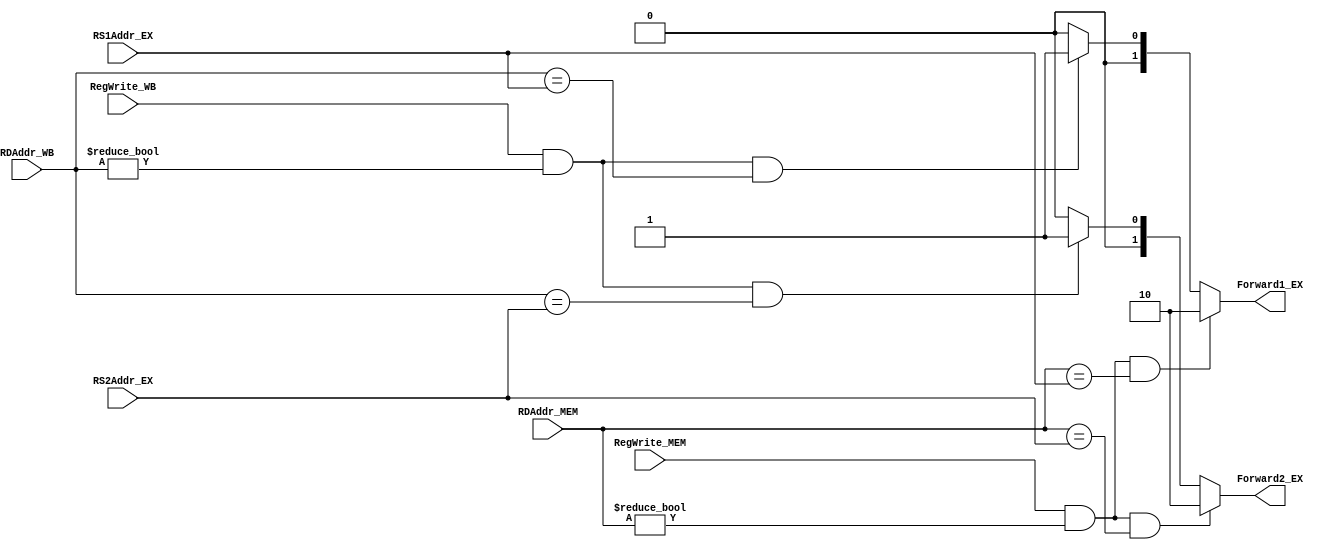
module Forward (RDAddr_WB, RDAddr_MEM, RegWrite_WB, RegWrite_MEM, RS1Addr_EX, RS2Addr_EX, Forward1_EX, Forward2_EX);
input [4:0] RDAddr_WB;
input       RegWrite_WB;
input [4:0] RDAddr_MEM;
input       RegWrite_MEM;
input [4:0] RS1Addr_EX;
input [4:0] RS2Addr_EX;
output [1:0] Forward1_EX;
output [1:0] Forward2_EX;

assign Forward1_EX = (RegWrite_MEM == 1 && RDAddr_MEM != 0 && RDAddr_MEM == RS1Addr_EX ) ? 2'b10 :
                   (RegWrite_WB ==1 && RDAddr_WB !=0 && RDAddr_WB == RS1Addr_EX ) ? 2'b01 :
                   	2'b00;
assign Forward2_EX = (RegWrite_MEM == 1 && RDAddr_MEM != 0 && RDAddr_MEM == RS2Addr_EX ) ? 2'b10 :
                   (RegWrite_WB ==1 && RDAddr_WB !=0 && RDAddr_WB == RS2Addr_EX ) ? 2'b01 :
                   	2'b00;
endmodule